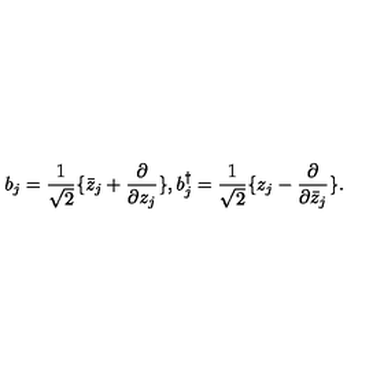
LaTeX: b _ { j } = { \frac { 1 } { \sqrt 2 } } \{ \bar { z } _ { j } + { \frac { \partial } { \partial z _ { j } } } \} , b _ { j } ^ { \dagger } = { \frac { 1 } { \sqrt 2 } } \{ z _ { j } - { \frac { \partial } { \partial \bar { z } _ { j } } } \} .